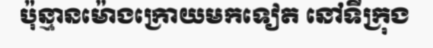
ប៉ុន្មានម៉ោងក្រោយមកទៀត នៅទីក្រុង